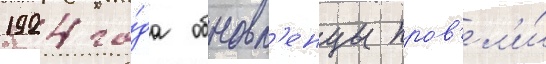
1924 го́да обновл'енцы пров'ел'и́